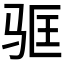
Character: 𬳻